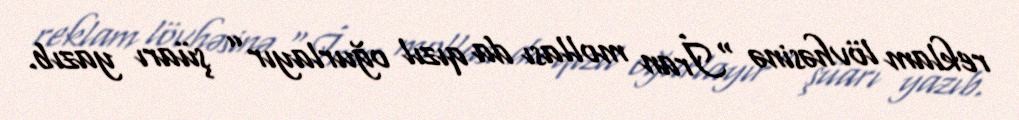
reklam lövhəsinə “İran mollası da qızıl oğurlayır” şüarı yazıb.